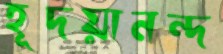
হূদয়ানন্দ